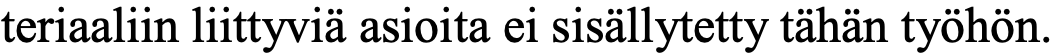
teriaaliin liittyviä asioita ei sisällytetty tähän työhön.